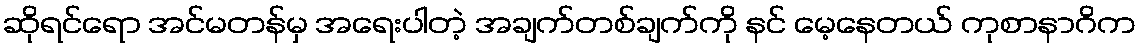
ဆိုရင်ရော အင်မတန်မှ အရေးပါတဲ့ အချက်တစ်ချက်ကို နင် မေ့နေတယ် ကုစာနာဂိက